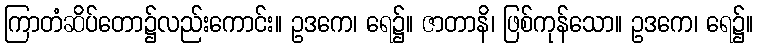
ကြာတံဆိပ်တော၌လည်းကောင်း။ ဥဒကေ၊ ရေ၌။ ဇာတာနိ၊ ဖြစ်ကုန်သော။ ဥဒကေ၊ ရေ၌။